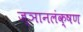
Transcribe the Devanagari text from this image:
ज्ञानलंक्षण